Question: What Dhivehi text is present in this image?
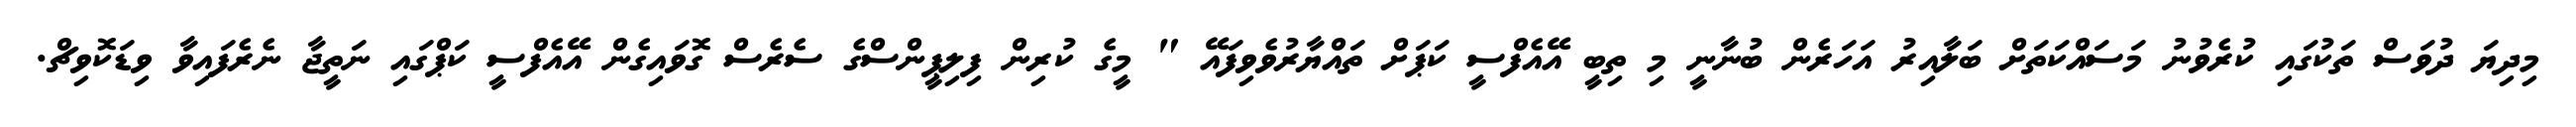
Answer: މިދިޔަ ދުވަސް ތަކުގައި ކުރެވުނު މަސައްކަތަށް ބަލާއިރު އަހަރެން ބުނާނީ މި ތިބީ އޭއެފްސީ ކަޕަށް ތައްޔާރުވެވިފައޭ " މީގެ ކުރިން ފިލިޕީންސްގެ ސެރެސް ގޮވައިގެން އޭއެފްސީ ކަޕްގައި ނަތީޖާ ނެރެފައިވާ ވިޑަކޮވިޗް.